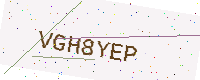
Text: VGH8YEP